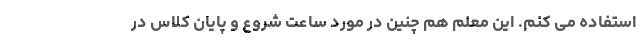
استفاده می کنم. این معلم هم چنین در مورد ساعت شروع و پایان کلاس در